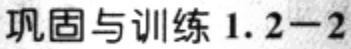
巩固与训练 1.2−2